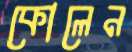
কোলেন